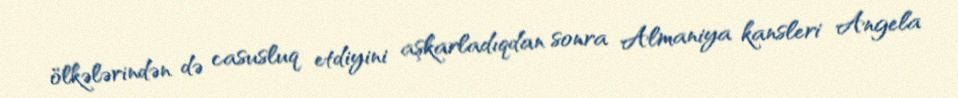
ölkələrindən də casusluq etdiyini aşkarladıqdan sonra Almaniya kansleri Angela